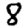
Digit: 8